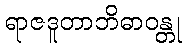
ရာဇဒူတာဘိဓာဝန္တု